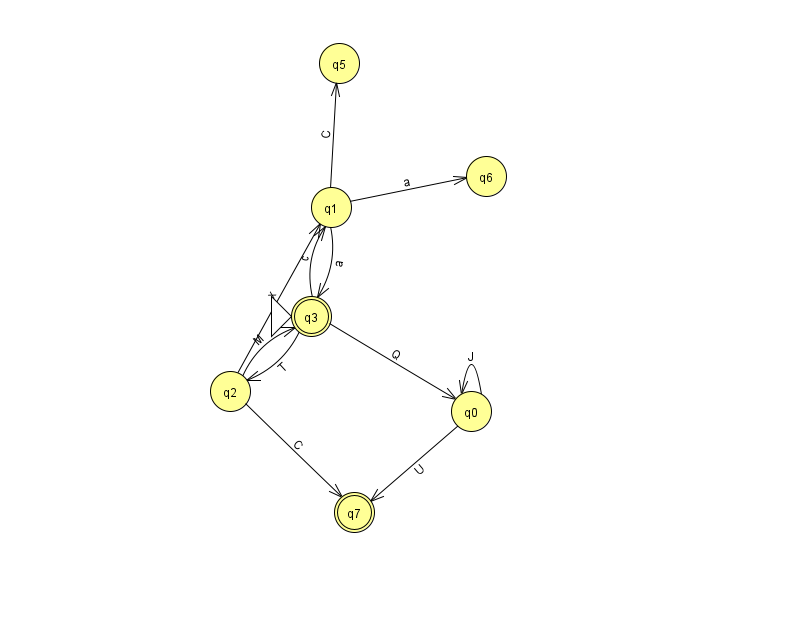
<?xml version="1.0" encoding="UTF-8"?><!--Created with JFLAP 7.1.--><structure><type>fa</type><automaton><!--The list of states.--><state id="0" name="q0"><x>471.0</x><y>398.0</y></state><state id="1" name="q1"><x>331.0</x><y>194.0</y></state><state id="2" name="q2"><x>230.0</x><y>378.0</y></state><state id="3" name="q3"><x>311.0</x><y>303.0</y><initial/><final/></state><state id="5" name="q5"><x>339.0</x><y>50.0</y></state><state id="6" name="q6"><x>486.0</x><y>163.0</y></state><state id="7" name="q7"><x>354.0</x><y>499.0</y><final/></state><!--The list of transitions.--><transition><from>2</from><to>1</to><read>x</read></transition><transition><from>2</from><to>3</to><read>M</read></transition><transition><from>1</from><to>6</to><read>a</read></transition><transition><from>1</from><to>3</to><read>a</read></transition><transition><from>2</from><to>7</to><read>C</read></transition><transition><from>3</from><to>1</to><read>c</read></transition><transition><from>3</from><to>0</to><read>Q</read></transition><transition><from>0</from><to>7</to><read>U</read></transition><transition><from>3</from><to>2</to><read>T</read></transition><transition><from>0</from><to>0</to><read>J</read></transition><transition><from>1</from><to>5</to><read>C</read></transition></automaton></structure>